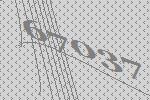
67037